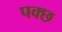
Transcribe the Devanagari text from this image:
पक्छ